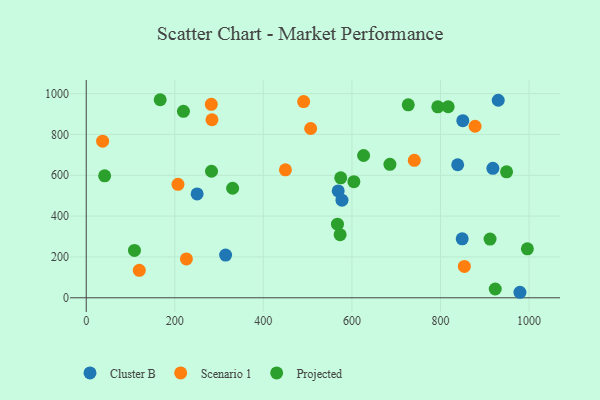
{"axis": {"x": "Study Hours", "y": "Demand"}, "legend": ["Cluster B", "Projected", "Scenario 1"], "data": [{"x": "930.4", "y": 967.6, "type": "Cluster B"}, {"x": "569.0", "y": 523.5, "type": "Cluster B"}, {"x": "250.4", "y": 508.6, "type": "Cluster B"}, {"x": "918.3", "y": 634.1, "type": "Cluster B"}, {"x": "979.4", "y": 27.0, "type": "Cluster B"}, {"x": "850.4", "y": 867.4, "type": "Cluster B"}, {"x": "849.0", "y": 288.7, "type": "Cluster B"}, {"x": "314.7", "y": 209.2, "type": "Cluster B"}, {"x": "838.8", "y": 651.5, "type": "Cluster B"}, {"x": "577.5", "y": 478.0, "type": "Cluster B"}, {"x": "119.8", "y": 134.4, "type": "Scenario 1"}, {"x": "853.9", "y": 153.7, "type": "Scenario 1"}, {"x": "491.0", "y": 960.8, "type": "Scenario 1"}, {"x": "878.1", "y": 840.2, "type": "Scenario 1"}, {"x": "282.4", "y": 947.6, "type": "Scenario 1"}, {"x": "449.8", "y": 626.9, "type": "Scenario 1"}, {"x": "226.2", "y": 190.2, "type": "Scenario 1"}, {"x": "37.0", "y": 767.1, "type": "Scenario 1"}, {"x": "506.8", "y": 829.2, "type": "Scenario 1"}, {"x": "283.9", "y": 871.9, "type": "Scenario 1"}, {"x": "740.9", "y": 673.4, "type": "Scenario 1"}, {"x": "207.2", "y": 555.7, "type": "Scenario 1"}, {"x": "923.6", "y": 43.1, "type": "Projected"}, {"x": "604.4", "y": 568.6, "type": "Projected"}, {"x": "41.6", "y": 597.6, "type": "Projected"}, {"x": "996.2", "y": 240.0, "type": "Projected"}, {"x": "727.2", "y": 945.3, "type": "Projected"}, {"x": "574.7", "y": 587.6, "type": "Projected"}, {"x": "282.9", "y": 619.7, "type": "Projected"}, {"x": "219.5", "y": 913.4, "type": "Projected"}, {"x": "573.3", "y": 309.0, "type": "Projected"}, {"x": "911.9", "y": 287.7, "type": "Projected"}, {"x": "793.9", "y": 935.1, "type": "Projected"}, {"x": "167.0", "y": 970.1, "type": "Projected"}, {"x": "817.4", "y": 935.6, "type": "Projected"}, {"x": "330.6", "y": 536.6, "type": "Projected"}, {"x": "949.2", "y": 617.1, "type": "Projected"}, {"x": "567.3", "y": 360.6, "type": "Projected"}, {"x": "685.8", "y": 653.9, "type": "Projected"}, {"x": "108.9", "y": 232.2, "type": "Projected"}, {"x": "626.3", "y": 696.8, "type": "Projected"}]}